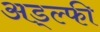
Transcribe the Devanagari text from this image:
अड्ल्फी